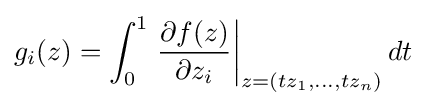
g_{i}(z)=\int _{0}^{1}\left.{\frac {\partial f(z)}{\partial z_{i}}}\right|_{z=(tz_{1},\ldots ,tz_{n})}dt